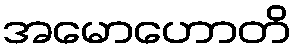
အမောဟောတိ